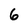
Character: 6